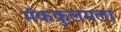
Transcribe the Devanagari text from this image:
मॅककुलमला